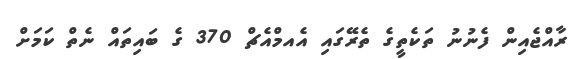
ރާއްޖެއިން ފެނުނު ތަކެތީގެ ތެރޭގައި އެއމްއެޗް 370 ގެ ބައިތައް ނެތް ކަމަށް